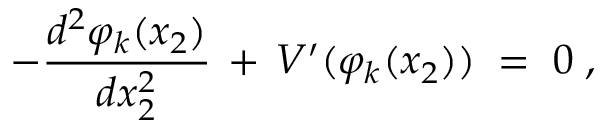
- \frac { d ^ { 2 } \varphi _ { k } ( x _ { 2 } ) } { d x _ { 2 } ^ { 2 } } \, + \, V ^ { \prime } ( \varphi _ { k } ( x _ { 2 } ) ) \; = \; 0 \; ,